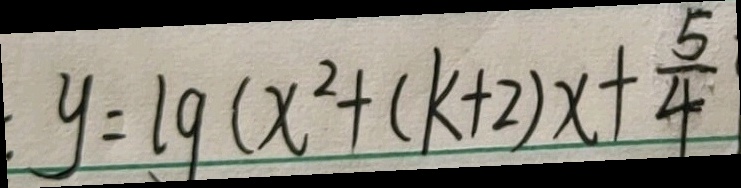
y = \lg ( x ^ { 2 } + ( k + 2 ) x + \frac { 5 } { 4 }